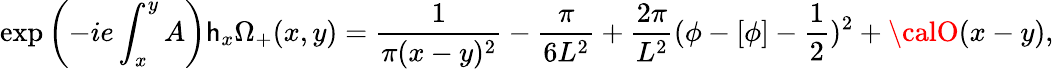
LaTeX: \exp\left(-ie\int_{x}^{y}A\right)\mathsf{h}_{x}\Omega_{+}(x,y)=\frac{{1}}{{\pi(x-y)^{2}}}-\frac{{\pi}}{{6L^{2}}}+\frac{{2\pi}}{{L^{2}}}(\phi-[\phi]-\frac{{1}}{{2}})^{2}+{\calO}(x-y),